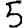
Digit: 5